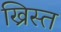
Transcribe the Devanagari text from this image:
ख्रिस्‍त्‍ा